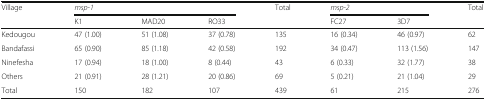
<table><thead><tr><td rowspan="2"><b>Village</b></td><td colspan="3"><b><i>msp-1</i></b></td><td rowspan="2"><b>Total</b></td><td colspan="2"><b><i>msp-2</i></b></td><td rowspan="2"><b>Total</b></td></tr><tr><td><b>K1</b></td><td><b>MAD20</b></td><td><b>RO33</b></td><td><b>FC27</b></td><td><b>3D7</b></td></tr></thead><tbody><tr><td>Kedougou</td><td>47 (1.00)</td><td>51 (1.08)</td><td>37 (0.78)</td><td>135</td><td>16 (0.34)</td><td>46 (0.97)</td><td>62</td></tr><tr><td>Bandafassi</td><td>65 (0.90)</td><td>85 (1.18)</td><td>42 (0.58)</td><td>192</td><td>34 (0.47)</td><td>113 (1.56)</td><td>147</td></tr><tr><td>Ninefesha</td><td>17 (0.94)</td><td>18 (1.00)</td><td>8 (0.44)</td><td>43</td><td>6 (0.33)</td><td>32 (1.77)</td><td>38</td></tr><tr><td>Others</td><td>21 (0.91)</td><td>28 (1.21)</td><td>20 (0.86)</td><td>69</td><td>5 (0.21)</td><td>21 (1.04)</td><td>29</td></tr><tr><td>Total</td><td>150</td><td>182</td><td>107</td><td>439</td><td>61</td><td>215</td><td>276</td></tr></tbody></table>